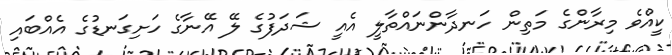
ކީއްވެ މިރާންގެ މަތިން ހަނދާންނައްތާލީ އެއީ ޝަދަފުގެ ލޭ އޭނާގެ ހަށިގަނޑުގެ އެއްބައި